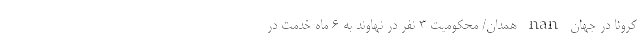
کرونا در جهان nan همدان/ محکومیت ۳ نفر در نهاوند به ۶ ماه خدمت در